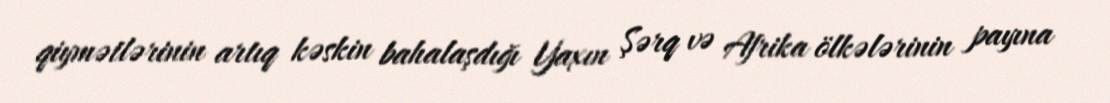
qiymətlərinin artıq kəskin bahalaşdığı Yaxın Şərq və Afrika ölkələrinin payına